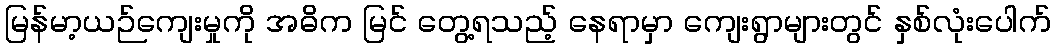
မြန်မာ့ယဉ်ကျေးမှုကို အဓိက မြင် တွေ့ရသည့် နေရာမှာ ကျေးရွာများတွင် နှစ်လုံးပေါက်